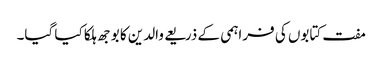
مفت کتابوں کی فراہمی کے ذریعے والدین کا بوجھ ہلکا کیا گیا۔